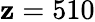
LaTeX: \mathbf{z}=510